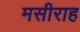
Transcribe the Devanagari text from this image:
मसीराह